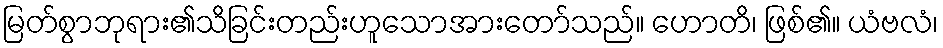
မြတ်စွာဘုရား၏သိခြင်းတည်းဟူသောအားတော်သည်။ ဟောတိ၊ ဖြစ်၏။ ယံဗလံ၊